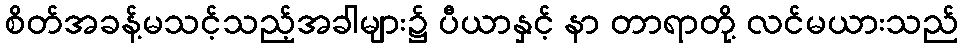
စိတ်အခန့်မသင့်သည့်အခါများ၌ ပီယာနှင့် နာ တာရာတို့ လင်မယားသည်